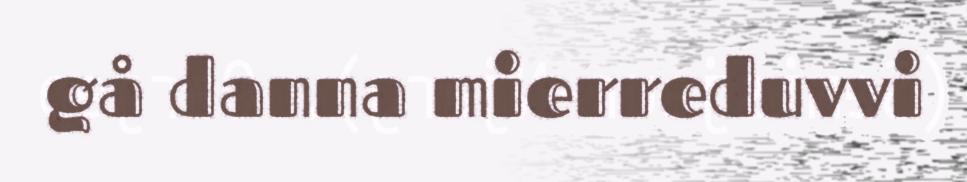
gå danna mierreduvvi